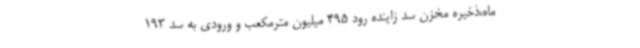
ماه،ذخیره مخزن سد زاینده رود 495 میلیون مترمکعب و ورودی به سد 193